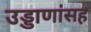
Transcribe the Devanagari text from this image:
उड्डाणांसह